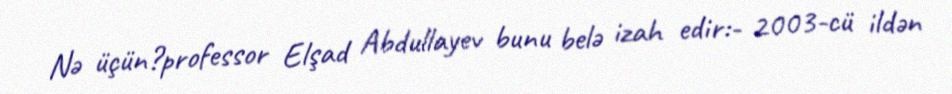
Nə üçün?professor Elşad Abdullayev bunu belə izah edir:- 2003-cü ildən